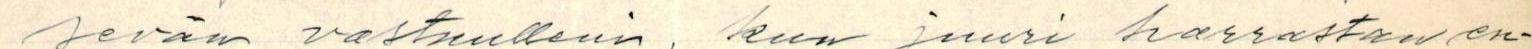
sevän vastuulleni, kun juuri harrastan en-